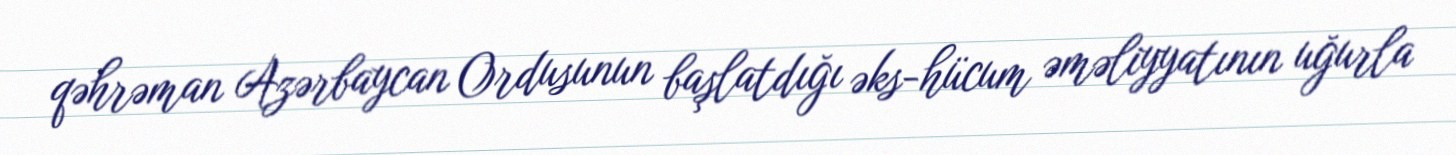
qəhrəman Azərbaycan Ordusunun başlatdığı əks-hücum əməliyyatının uğurla